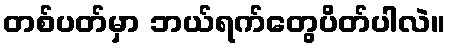
တစ်ပတ်မှာ ဘယ်ရက်တွေပိတ်ပါလဲ။